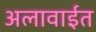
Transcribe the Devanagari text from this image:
अलावाईत